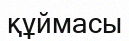
құймасы